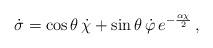
LaTeX: \begin{align*}\dot{\sigma}=\cos\theta\, \dot{\chi} + \sin\theta \, \dot{\varphi}\, e^{-\frac{\alpha \chi}{2}}\, ,\end{align*}